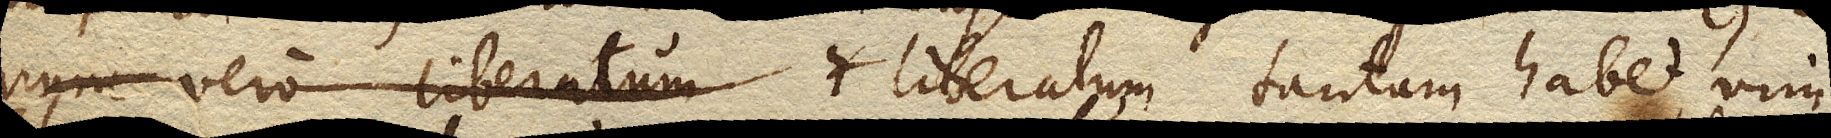
nunc vero liberatum et proinde nunc